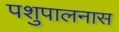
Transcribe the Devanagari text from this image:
पशुपालनास